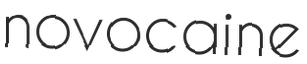
novocaine